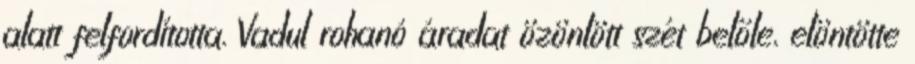
alatt felfordította. Vadul rohanó áradat özönlött szét belőle, elöntötte